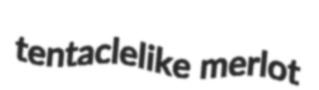
tentaclelike merlot